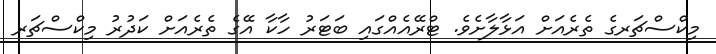
މިކްސްޗަރގެ ތެރެއަށް އަޅާލާށެވެ. ޓްރޭއެއްގައި ބަޓަރު ހާކާ އޭގެ ތެރެއަށް ކަދުރު މިކްސްޗަރ